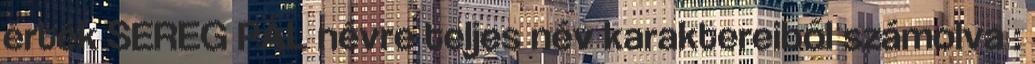
érték SEREG PÁL névre teljes név karaktereiből számolva :